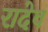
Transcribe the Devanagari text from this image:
रादेव